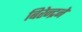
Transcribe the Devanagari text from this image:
बिरेन्द्रने